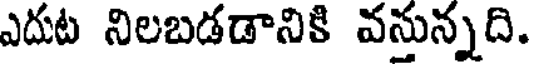
ఎదుట నిలబడడానికి వనున్నది.